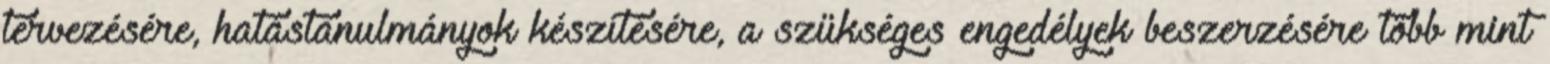
tervezésére, hatástanulmányok készítésére, a szükséges engedélyek beszerzésére több mint